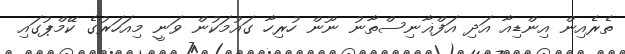
ތެރެއިން އިންޑިއާ އަދި އަފްޣާނިސްތާނު ނޫން ހުރިހާ ގައުމަކުން ވަނީ މިއަހަރުގެ ކޭމްޕުގައި